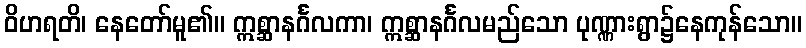
ဝိဟရတိ၊ နေတော်မူ၏။ ဣစ္ဆာနင်္ဂလကာ၊ ဣစ္ဆာနင်္ဂလမည်သော ပုဏ္ဏားရွာ၌နေကုန်သော။